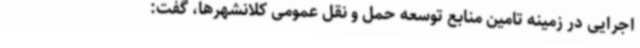
اجرایی در زمینه تامین منابع توسعه حمل و نقل عمومی کلانشهرها،‌ گفت: